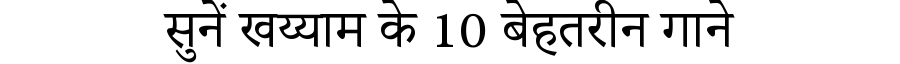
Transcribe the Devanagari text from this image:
सुनें खय्याम के 10 बेहतरीन गाने